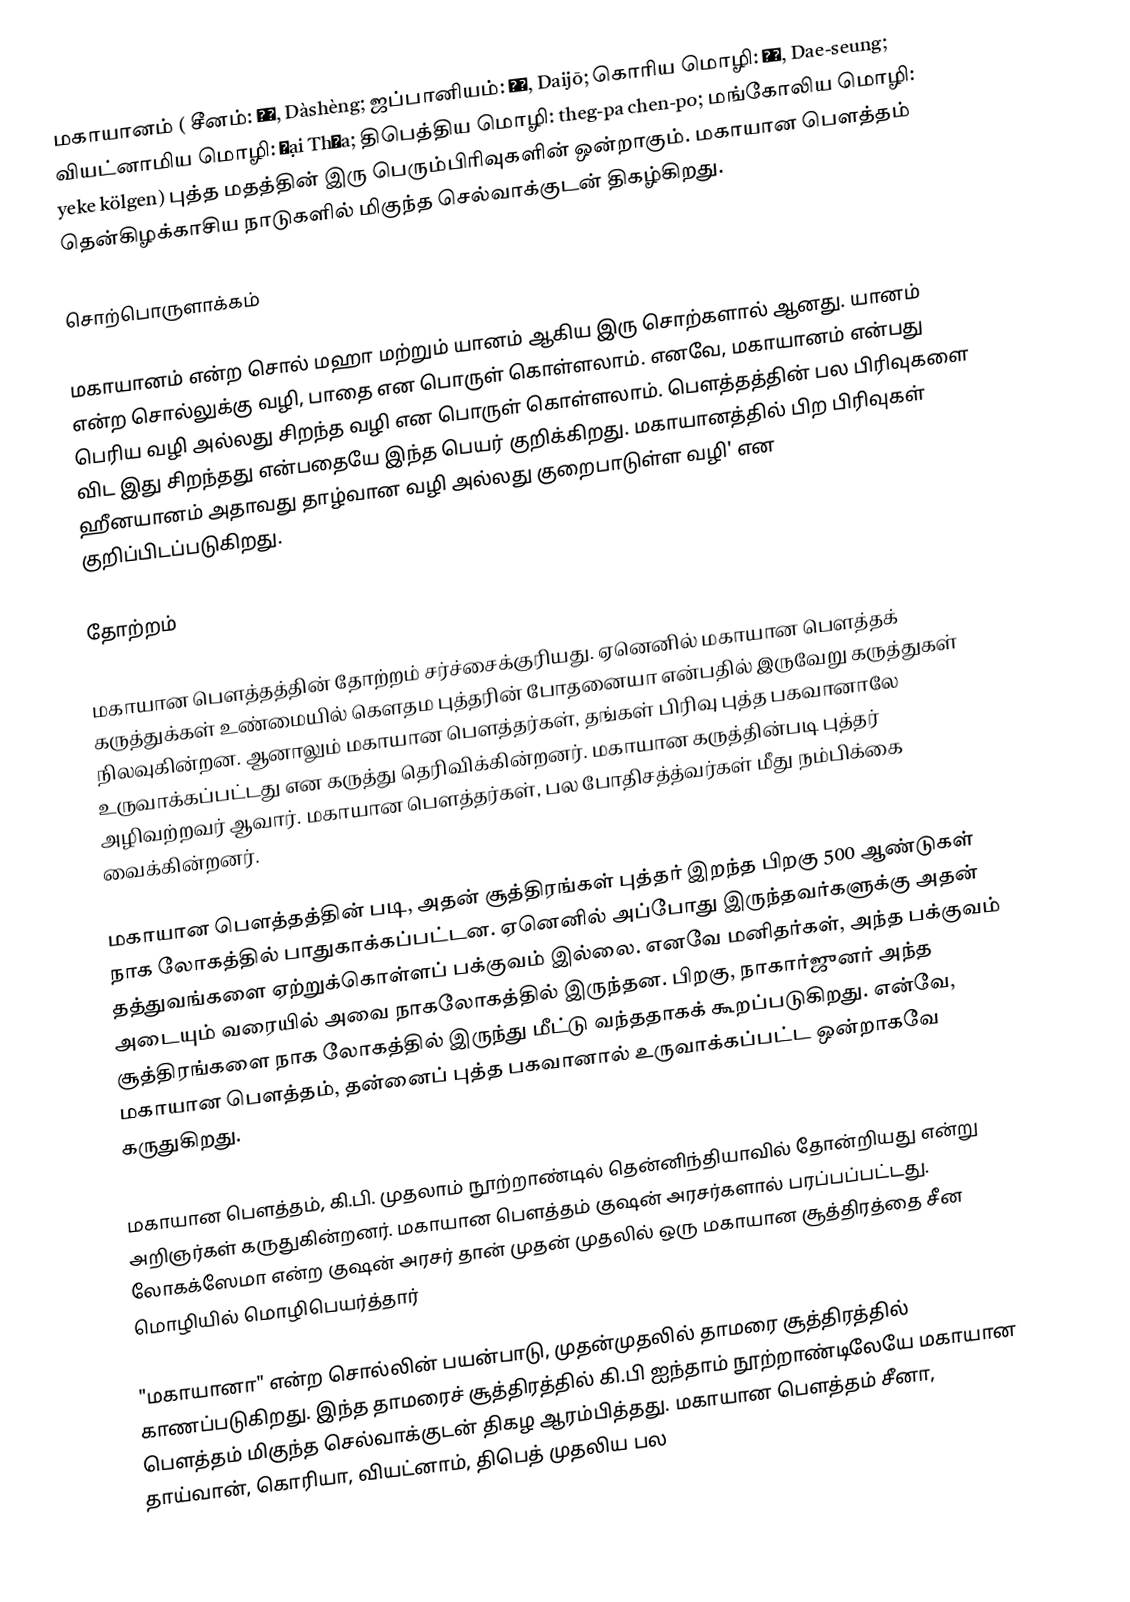
மகாயானம் ( சீனம்: 大乘, Dàshèng; ஜப்பானியம்: 大乗, Daijō; கொரிய மொழி: 대승, Dae-seung; வியட்னாமிய மொழி: Đại Thừa; திபெத்திய மொழி: theg-pa chen-po; மங்கோலிய மொழி: yeke kölgen) புத்த மதத்தின் இரு பெரும்பிரிவுகளின் ஒன்றாகும். மகாயான பௌத்தம் தென்கிழக்காசிய நாடுகளில் மிகுந்த செல்வாக்குடன் திகழ்கிறது.

சொற்பொருளாக்கம்

மகாயானம் என்ற சொல் மஹா மற்றும் யானம் ஆகிய இரு சொற்களால் ஆனது. யானம் என்ற சொல்லுக்கு வழி, பாதை என பொருள் கொள்ளலாம். எனவே, மகாயானம் என்பது பெரிய வழி அல்லது சிறந்த வழி என பொருள் கொள்ளலாம். பௌத்தத்தின் பல பிரிவுகளை விட இது சிறந்தது என்பதையே இந்த பெயர் குறிக்கிறது. மகாயானத்தில் பிற பிரிவுகள் ஹீனயானம் அதாவது தாழ்வான வழி அல்லது குறைபாடுள்ள வழி' என குறிப்பிடப்படுகிறது.

தோற்றம்

மகாயான பௌத்தத்தின் தோற்றம் சர்ச்சைக்குரியது. ஏனெனில் மகாயான பௌத்தக் கருத்துக்கள் உண்மையில் கௌதம புத்தரின் போதனையா என்பதில் இருவேறு கருத்துகள் நிலவுகின்றன. ஆனாலும் மகாயான பௌத்தர்கள், தங்கள் பிரிவு புத்த பகவானாலே உருவாக்கப்பட்டது என கருத்து தெரிவிக்கின்றனர். மகாயான கருத்தின்படி புத்தர் அழிவற்றவர் ஆவார். மகாயான பௌத்தர்கள், பல போதிசத்த்வர்கள் மீது நம்பிக்கை வைக்கின்றனர்.

மகாயான பௌத்தத்தின் படி, அதன் சூத்திரங்கள் புத்தர் இறந்த பிறகு 500 ஆண்டுகள் நாக லோகத்தில் பாதுகாக்கப்பட்டன. ஏனெனில் அப்போது இருந்தவர்களுக்கு அதன் தத்துவங்களை ஏற்றுக்கொள்ளப் பக்குவம் இல்லை. எனவே மனிதர்கள், அந்த பக்குவம் அடையும் வரையில் அவை நாகலோகத்தில் இருந்தன. பிறகு, நாகார்ஜுனர் அந்த சூத்திரங்களை நாக லோகத்தில் இருந்து மீட்டு வந்ததாகக் கூறப்படுகிறது. என்வே, மகாயான பௌத்தம், தன்னைப் புத்த பகவானால் உருவாக்கப்பட்ட ஒன்றாகவே கருதுகிறது.

மகாயான பௌத்தம், கி.பி. முதலாம் நூற்றாண்டில் தென்னிந்தியாவில் தோன்றியது என்று அறிஞர்கள் கருதுகின்றனர். மகாயான பௌத்தம் குஷன் அரசர்களால் பரப்பப்பட்டது. லோகக்ஸேமா என்ற குஷன் அரசர் தான் முதன் முதலில் ஒரு மகாயான சூத்திரத்தை சீன மொழியில் மொழிபெயர்த்தார்

"மகாயானா" என்ற சொல்லின் பயன்பாடு, முதன்முதலில் தாமரை சூத்திரத்தில் காணப்படுகிறது. இந்த தாமரைச் சூத்திரத்தில் கி.பி ஐந்தாம் நூற்றாண்டிலேயே மகாயான பௌத்தம் மிகுந்த செல்வாக்குடன் திகழ ஆரம்பித்தது. மகாயான பௌத்தம் சீனா, தாய்வான், கொரியா, வியட்னாம், திபெத் முதலிய பல